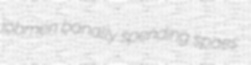
jobmen banally spending spaes